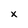
Character: x